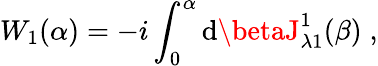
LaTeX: W_{1}(\alpha)=-i\int_{0}^{\alpha}\mathrm{d}\betaJ_{\lambda1}^{1}(\beta)\; ,